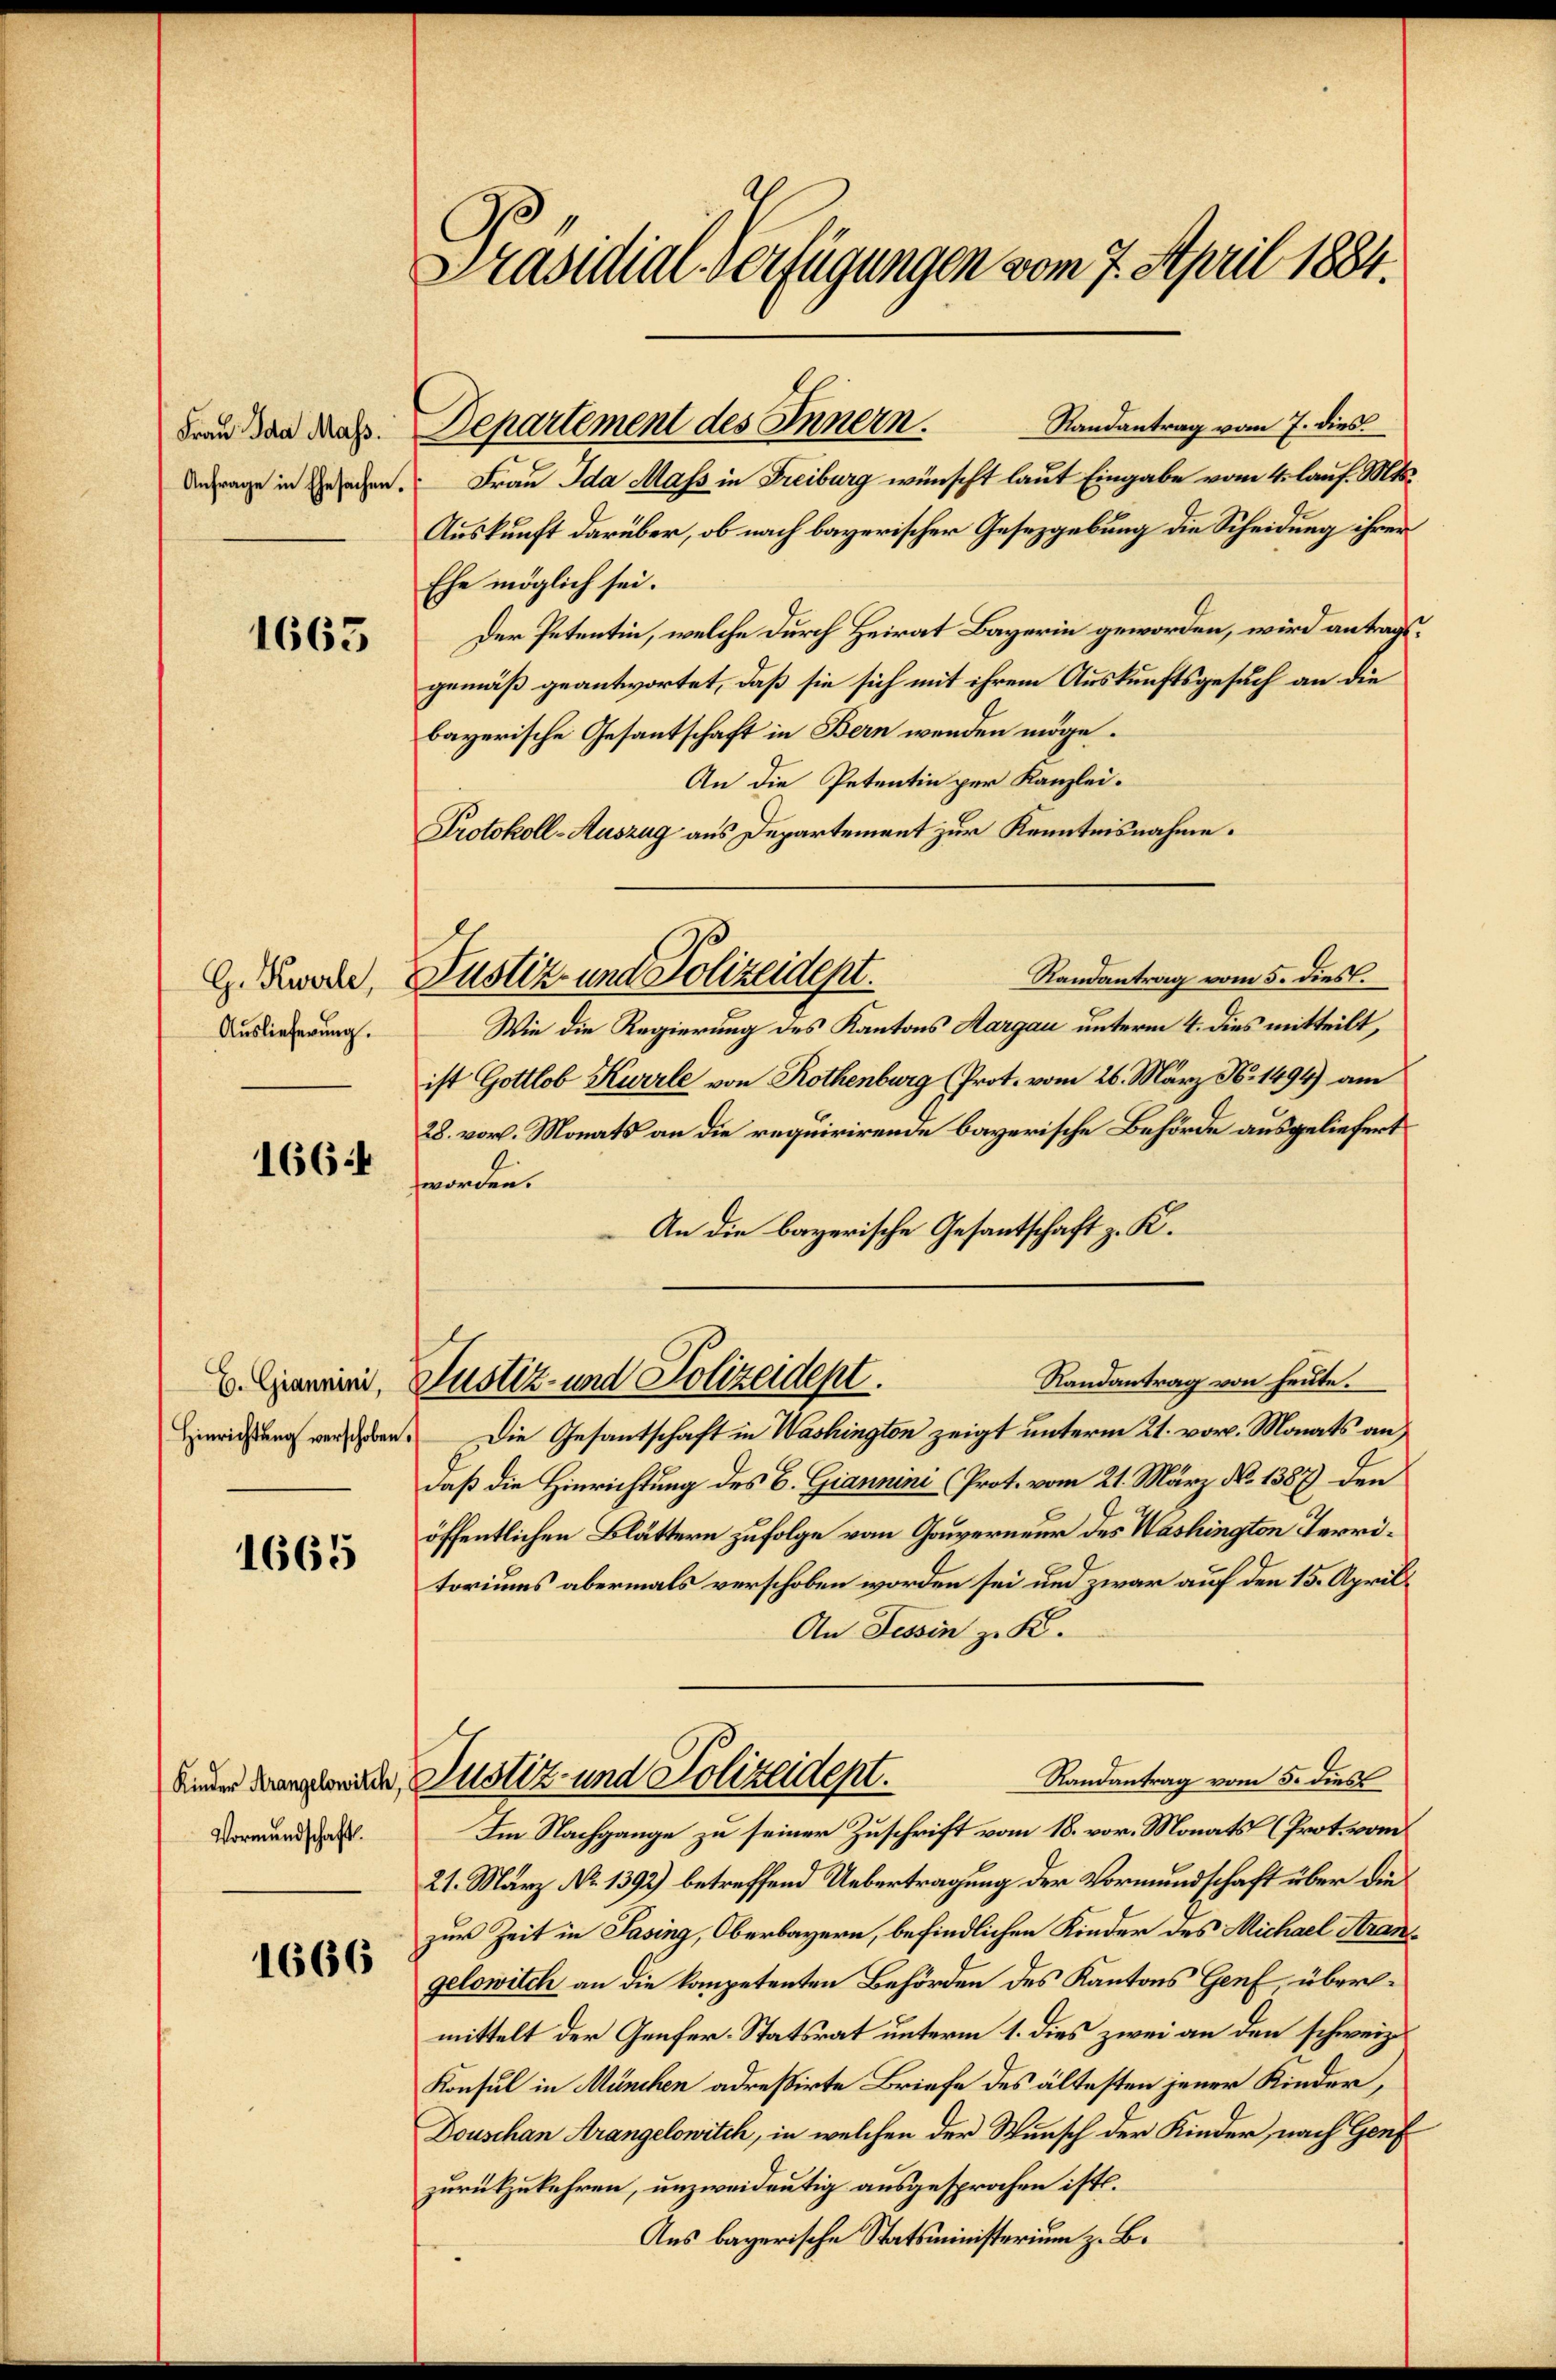
Frau Ida Mass.
Anfrage in Ehesachen.

1663

G. Kwerte,
Auslieferung.

166

C. Giannini,
Hinrichtung verschoben.

1665

Kinder Krangelowitch,
Vormundschaft.

1666

Präsidial-Verfügungen vom 7. April 1884.

Frau Ida Mass in Freiburg wünscht laut Eingabe vom 4. lauf. Mts.
Auskunft darüber, ob nach bayerischer Gesetzgebung die Scheidung ihrer
Ehe möglich sei.
Der Petentin, welche durch Heirat Bayerin geworden, wird antragsgemäß geantwortet, daß sie sich mit ihrem Auskunftsgesuch an die
bayerische Gesantschaft in Bern wenden möge.
An die Petentin per Kanzlei-
Protokoll-Auszug aus Departement zur Kenntnisnahme.
Randantrag vom 5. dies.
Wie die Regierung des Kantons Aargau unterm 4. dies mitteilt,
ist Gottlob Kurrle von Rothenburg (Prot. vom 26. März N. 1494) am
28. vor. Monats an die requirirende bayerische Behörde ausgeliefert
worden.
An die bayerische Gesantschaft z. K.
Randantrag von heute.
Justiz- und Polizeidept.
Die Gesantschaft in Washington zeigt unterm 21. vor. Monats an
daß die Hinrichtung des B. Giannini (Prot. vom 21. März No. 1387) den
öffentlichen Blättern zufolge vom Gouverneur des Washington Territoriums abermals verschoben worden sei und zwar auf den 15. April
An Tessin zu K.
Randantrag vom 5. dies
Justiz- und Polizeidept.
Im Nachgange zu seiner Zuschrift vom 18. vor. Monats (Prot. vom
21. März No. 1392) betreffend Uebertragung der Vormundschaft über die
zur Zeit in Pasing, Oberbayern, befindlichen Kinder des Michael Arangelowilch an die kompetenten Behörden des Kantons Genf, übermittelt der Genfer-Statsrat unterm 1. dies zwei an den schweiz.
Konsul in München adressirte Briefe des ältesten jener Kinder,
Douschan Arangelowitch, in welchen der Wunsch der Kinder, nach Genf
zurückzukehren, unzweideutig ausgesprochen ist.
Ans bayerische Statsministerium z. B.

Departement des Innern. Randantrag vom 7. dies

Justiz- und Polizeidept.